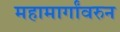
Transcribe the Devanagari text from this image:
महामार्गांवरुन